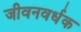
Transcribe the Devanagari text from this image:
जीवनवर्धक